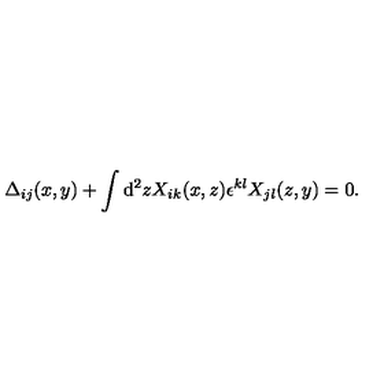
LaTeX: \Delta _ { i j } ( x , y ) + \int \mathrm { d } ^ { 2 } z X _ { i k } ( x , z ) \epsilon ^ { k l } X _ { j l } ( z , y ) = 0 .